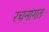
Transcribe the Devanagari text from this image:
रचनागत